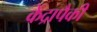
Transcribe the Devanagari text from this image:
केंद्रापैकी